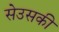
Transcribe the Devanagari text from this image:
सेउसकी